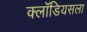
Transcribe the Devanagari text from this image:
क्लॉडियसला